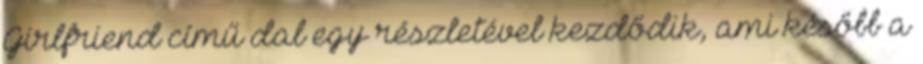
Girlfriend című dal egy részletével kezdődik, ami később a